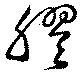
膠